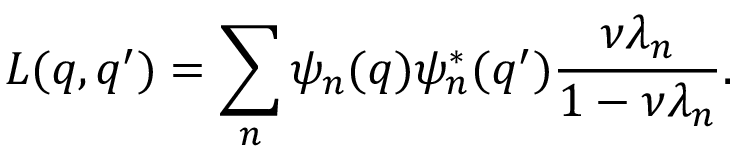
L ( q , q ^ { \prime } ) = \sum _ { n } \psi _ { n } ( q ) \psi _ { n } ^ { * } ( q ^ { \prime } ) \frac { \nu \lambda _ { n } } { 1 - \nu \lambda _ { n } } .